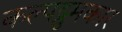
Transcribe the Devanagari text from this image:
कल्पद्रुमकार